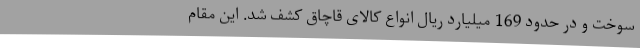
سوخت و در حدود 169 میلیارد ریال انواع کالای قاچاق کشف شد. این مقام